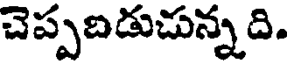
చెప్పబడుచున్నది.